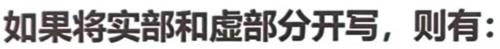
如果将实部和虚部分开写，则有: